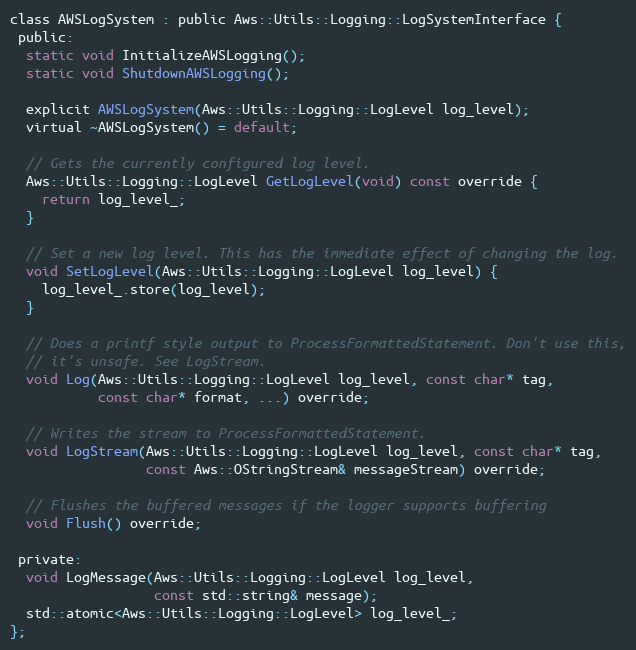
Language: C
class AWSLogSystem : public Aws::Utils::Logging::LogSystemInterface {
 public:
  static void InitializeAWSLogging();
  static void ShutdownAWSLogging();

  explicit AWSLogSystem(Aws::Utils::Logging::LogLevel log_level);
  virtual ~AWSLogSystem() = default;

  // Gets the currently configured log level.
  Aws::Utils::Logging::LogLevel GetLogLevel(void) const override {
    return log_level_;
  }

  // Set a new log level. This has the immediate effect of changing the log.
  void SetLogLevel(Aws::Utils::Logging::LogLevel log_level) {
    log_level_.store(log_level);
  }

  // Does a printf style output to ProcessFormattedStatement. Don't use this,
  // it's unsafe. See LogStream.
  void Log(Aws::Utils::Logging::LogLevel log_level, const char* tag,
           const char* format, ...) override;

  // Writes the stream to ProcessFormattedStatement.
  void LogStream(Aws::Utils::Logging::LogLevel log_level, const char* tag,
                 const Aws::OStringStream& messageStream) override;

  // Flushes the buffered messages if the logger supports buffering
  void Flush() override;

 private:
  void LogMessage(Aws::Utils::Logging::LogLevel log_level,
                  const std::string& message);
  std::atomic<Aws::Utils::Logging::LogLevel> log_level_;
};